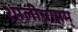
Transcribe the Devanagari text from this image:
शालीग्रामम्